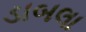
ડાબલા